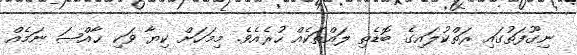
ނިގޫފަތުގައި ރަތްކުލައިގެ ބޮޑެތި ލައްތަކެއް ހުރެއެވެ. މިމަހަށް ކިޔާ ވަކި ޚާއްޞަ ނަމެއް